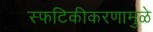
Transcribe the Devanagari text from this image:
स्फटिकीकरणामुळे